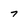
Character: 7